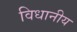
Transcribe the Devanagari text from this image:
विधानीय